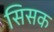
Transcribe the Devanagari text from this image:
सिसक